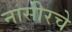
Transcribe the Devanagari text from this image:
नासीरचे